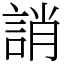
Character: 誚